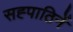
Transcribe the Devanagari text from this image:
सह्पाठिनें